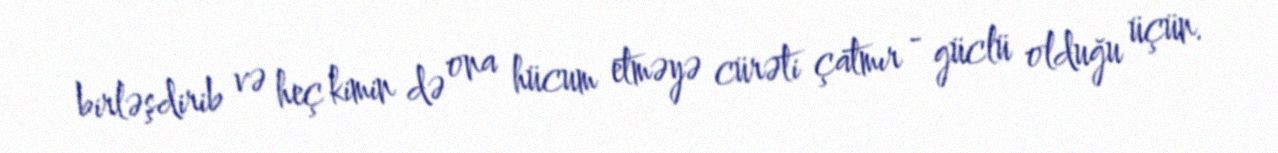
birləşdirib və heç kimin də ona hücum etməyə cürəti çatmır - güclü olduğu üçün.